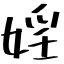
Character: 婬